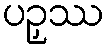
ပဉှဿ